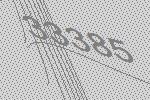
33385